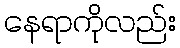
နေရာကိုလည်း